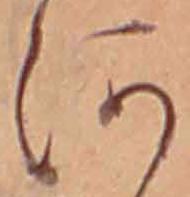
河